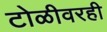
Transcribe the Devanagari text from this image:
टोळीवरही